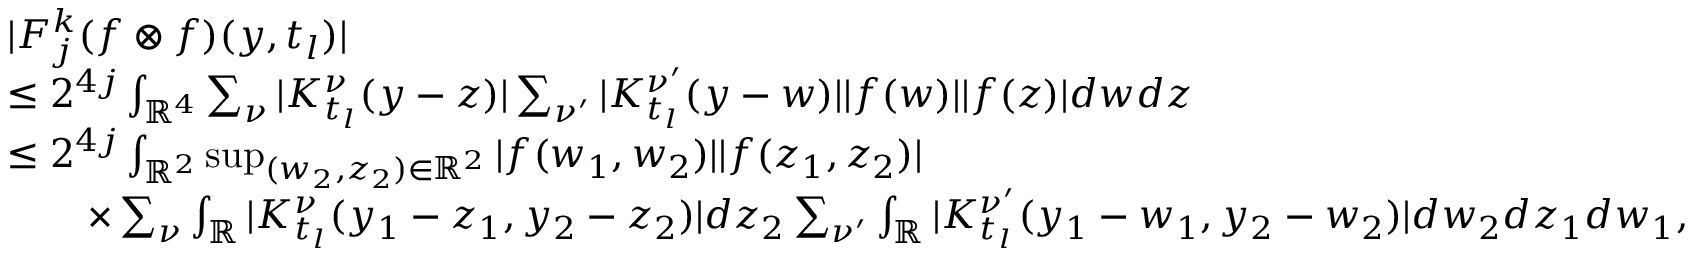
\begin{array} { r l } & { | F _ { j } ^ { k } ( f \otimes f ) ( y , t _ { l } ) | } \\ & { \le 2 ^ { 4 j } \int _ { \mathbb { R } ^ { 4 } } \sum _ { \nu } | K _ { t _ { l } } ^ { \nu } ( y - z ) | \sum _ { \nu ^ { \prime } } | K _ { t _ { l } } ^ { \nu ^ { \prime } } ( y - w ) | | f ( w ) | | f ( z ) | d w d z } \\ & { \le 2 ^ { 4 j } \int _ { \mathbb { R } ^ { 2 } } \operatorname* { s u p } _ { ( w _ { 2 } , z _ { 2 } ) \in \mathbb { R } ^ { 2 } } | f ( w _ { 1 } , w _ { 2 } ) | | f ( z _ { 1 } , z _ { 2 } ) | } \\ & { \quad \quad \times \sum _ { \nu } \int _ { \mathbb { R } } | K _ { t _ { l } } ^ { \nu } ( y _ { 1 } - z _ { 1 } , y _ { 2 } - z _ { 2 } ) | d z _ { 2 } \sum _ { \nu ^ { \prime } } \int _ { \mathbb { R } } | K _ { t _ { l } } ^ { \nu ^ { \prime } } ( y _ { 1 } - w _ { 1 } , y _ { 2 } - w _ { 2 } ) | d w _ { 2 } d z _ { 1 } d w _ { 1 } , } \end{array}